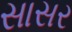
સાસર